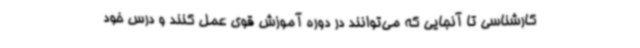
کارشناسی تا آنجایی که می‌توانند در دوره آموزش قوی عمل کنند و درس خود